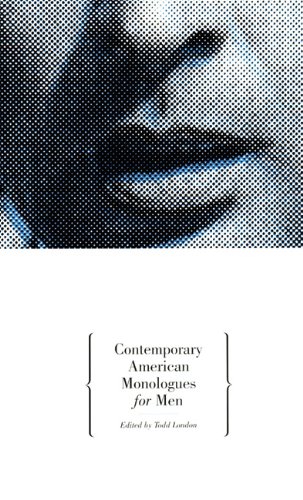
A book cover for Contemporary American Monologues for Men; Literature & Fiction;